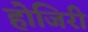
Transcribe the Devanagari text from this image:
होजिरी